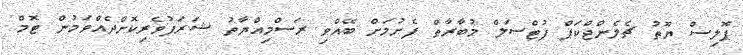
ޕޮލިސް ޔޫތު ޗެލެންޖްކަޕް ފުޓްސަލް މުބާރާތް ފެށުމަށް ބޭއްވި ރަސްމިއްޔާތު ޝަރަފުވެރިކޮށްދެއްވަމުން ޓޮމް